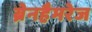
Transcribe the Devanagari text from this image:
ब्रेनहैमरेज